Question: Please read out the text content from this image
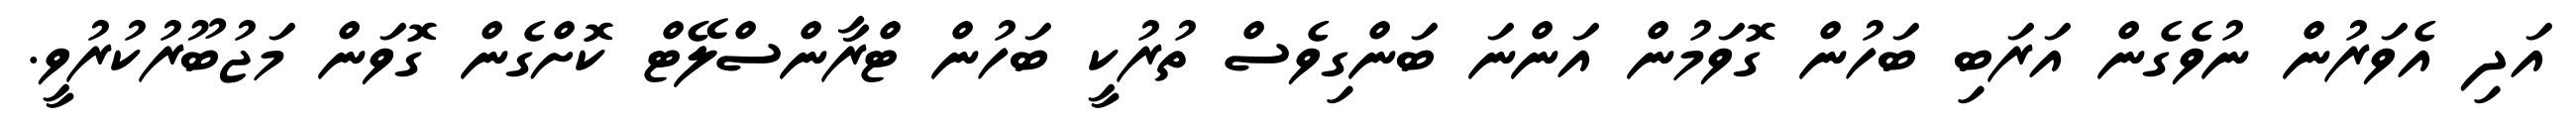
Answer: އަދި އެވަރުން ނުވެގެން އަރަބި ބަހުން ގޮވަމުން އަންނަ ބަންގިވެސް ތުރުކީ ބަހުން ޓްރާންސްލޭޓް ކޮށްގެން ގޮވަން މަޖުބޫރުކުރުވީ.